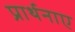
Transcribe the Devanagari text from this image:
प्रार्थनाए